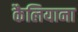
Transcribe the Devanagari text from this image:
कैलियाना